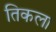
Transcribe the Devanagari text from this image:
तिकला